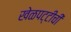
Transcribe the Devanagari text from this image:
खेळपट्टीची